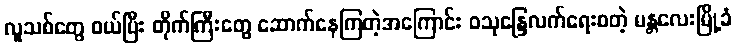
လူသစ်တွေ ဝယ်ပြီး တိုက်ကြီးတွေ ဆောက်နေကြတဲ့အကြောင်း ဝသုန္ဒြေလက်ရေးစတဲ့ မန္တလေးမြို့ခံ